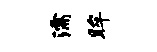
濡眸